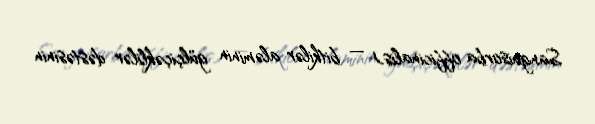
Sanguisorba officinalis) — bitkilər aləminin gülçiçəklilər dəstəsinin